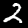
Digit: 2